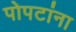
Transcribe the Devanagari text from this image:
पोपटांना